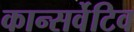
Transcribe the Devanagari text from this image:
कान्सर्वेटिव